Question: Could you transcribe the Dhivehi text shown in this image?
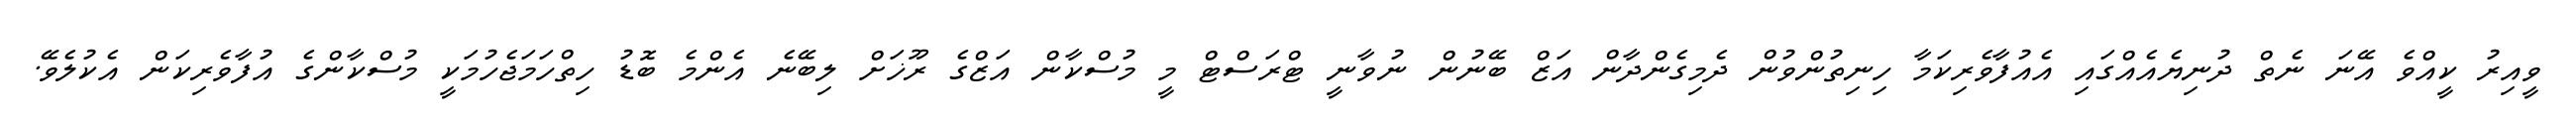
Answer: ވީއިރު ކީއްވެ އޭނަ ނެތް ދުނިޔެއެއްގައި އެއުފާވެރިކަމާ ހިނިތުންވުން ދެމިގެންދާން އަޒް ބޭނުން ނުވާނީ ޓްރަސްޓް މީ މުސްކާން އަޒްގެ ރޫޚަށް ލިބޭނެ އެންމެ ބޮޑު ހިތްހަމަޖެހުމަކީ މުސްކާންގެ އުފާވެރިކަން އެކުލެވޭ.